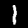
Label: 1